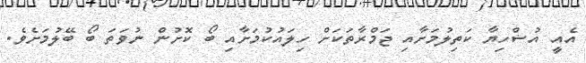
އެއީ އުޟްހިޔާ ކަތިލުމަށާއި ޖަމްރާތަކަށް ހިލައުކުމަށާއި ބޯ ކޮށުން ނުވަތަ ބޯ ބޭލުމަށެވެ.